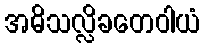
အဓိသလ္လိခတေဝါယံ